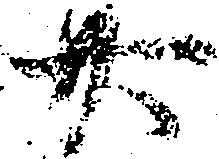
廿